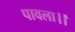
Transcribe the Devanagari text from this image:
पावला।।